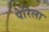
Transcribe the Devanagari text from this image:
पेरिला